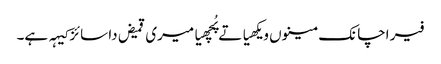
فیر اچانک مینوں ویکھیا تے پُچھیا میری قمیض دا سائز کیہہ ہے۔